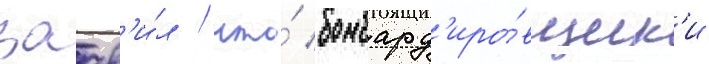
заав'и́л / что́ бомбард'иро́вщик'и